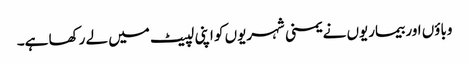
وباؤں اور بیماریوں نے یمنی شہریوں کو اپنی لپیٹ میں لے رکھا ہے۔